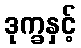
ဒုက္ခနှင့်